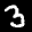
Label: 3